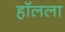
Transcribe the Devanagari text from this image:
हॉलला